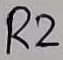
Text: R2